Civil Veterinary Department Bihar & Orissa reports 1911-21 - 1911-1921
Year: 1911
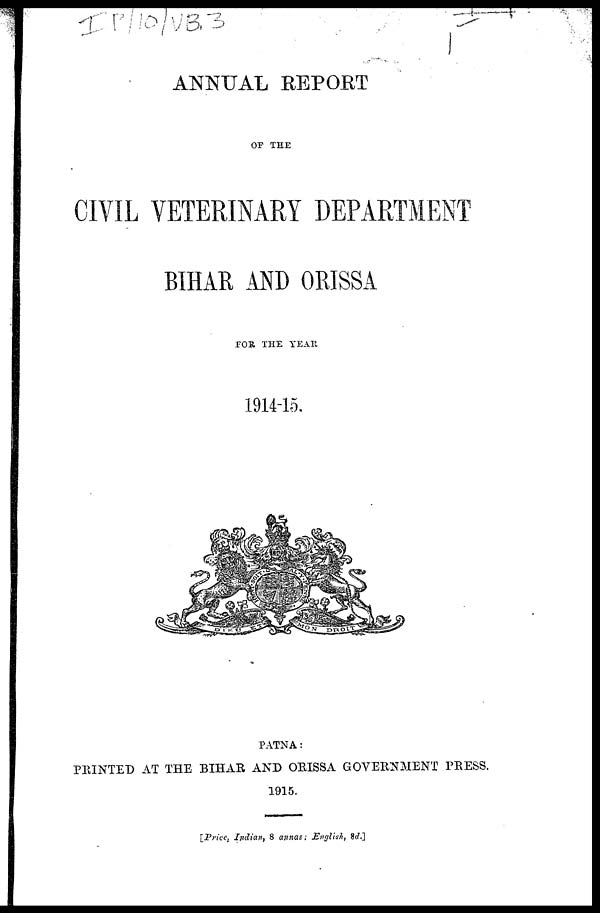
ANNUAL REPORT
OF TEE
CIVIL VETERINARY DEPARTMENT
BIHAR AND ORISSA
FOR THE YEAR
1914-15.
PATNA:
PRINTED AT THE BIHAR AND ORISSA GOVERNMENT PRESS.
1915.
[Price, Indian, 8 annas; English, 8d.]